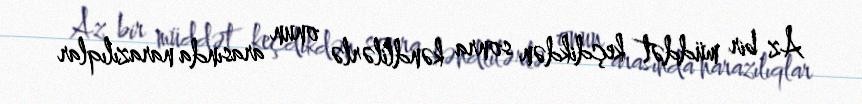
Az bir müddət keçdikdən sonra kəndlilərlə onun arasında narazılıqlar